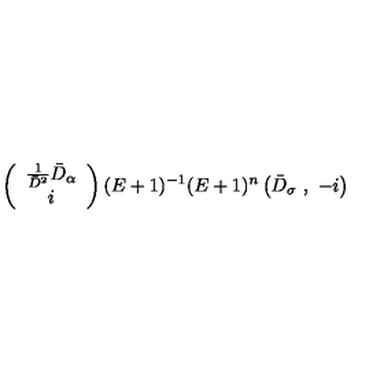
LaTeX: \left( \begin{array} { c } { \frac { 1 } { \bar { D } ^ { 2 } } \bar { D } _ { \alpha } } \\ { i } \\ \end{array} \right) ( E + 1 ) ^ { - 1 } ( E + 1 ) ^ { n } \left( \bar { D } _ { \sigma } \ , \ - i \right)